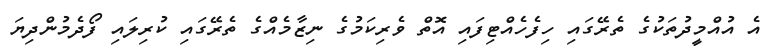
އެ އުއްމީދުތަކުގެ ތެރޭގައި ހިފެހެއްޓިފައި އޮތް ވެރިކަމުގެ ނިޒާމެއްގެ ތެރޭގައި ކުރިލައި ފޯދެމުންދިޔަ